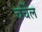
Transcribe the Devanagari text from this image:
चर्चेल